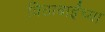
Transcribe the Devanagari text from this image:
विठाबाईंच्या